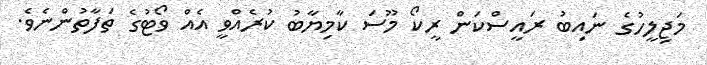
މަޖިލީހުގެ ނައިބު ރައީސްކަން ރީކޯ މޫސަ ކާމިޔާބު ކުރެއްވީ އެއް ވޯޓުގެ ތަފާތުންނެވެ.